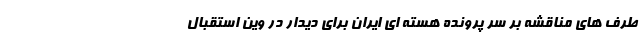
طرف های مناقشه بر سر پرونده هسته ای ایران برای دیدار در وین استقبال